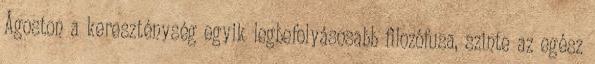
Ágoston a kereszténység egyik legbefolyásosabb filozófusa, szinte az egész